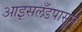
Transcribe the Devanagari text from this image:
आइसलँडपासून